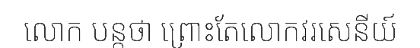
លោក បន្តថា ព្រោះតែលោកវរសេនីយ៍